Annual report of the Punjab Veterinary College and of the Civil Veterinary Department, Punjab - 1920-1925
Year: 1920
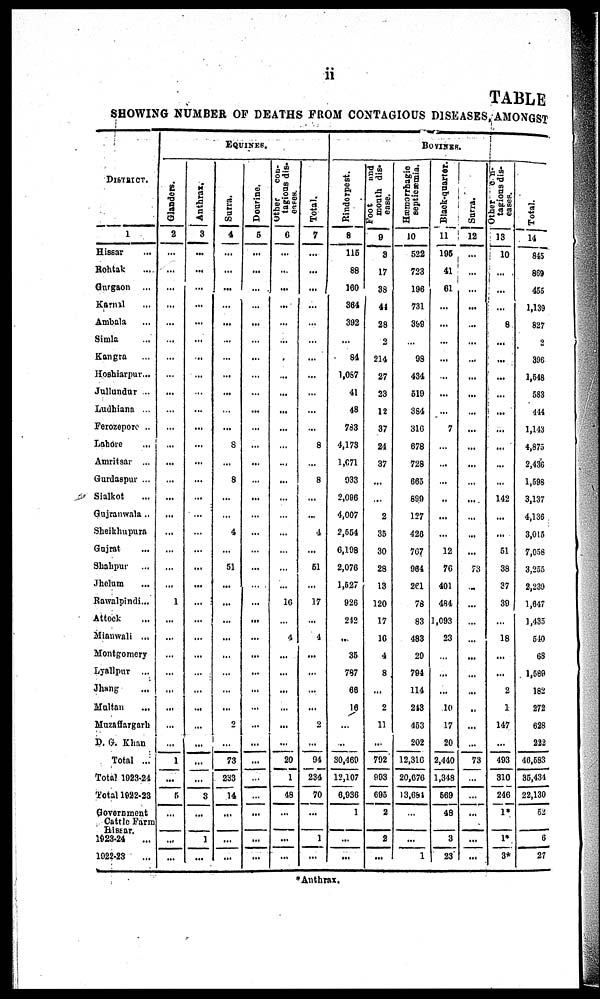
ii
TABLE
SHOWING NUMBER OF DEATHS PROM CONTAGIOUS DISEASES, AMONGST
DISTRICT.
1
Hissar ...
Rohtak ...
Gurgaon ...
Karnal ...
Ambala ...
Simla
Kangra ...
Hoshiarpur ...
Jullundur ...
Ludhiana ...
Ferozepore ..
Lahore ...
Amritsar ...
Gurdaspur ...
Sialkot ...
Gujranwala ..
Sheikhupura
Gujrat ...
Shahpur ...
Jhelum ...
Rawalpindi...
Attock ...
Mianwali ...
Montgomery
Lyallpur ...
Jhang ...
Multan ...
Muzaffargarh
D. G. Khan
Total ...
Total 1923-24
Total 1922-23
Government
Cattle Farm
Hissar.
1923-24 ...
1922-23
EQUINES.
Glanders.
2
...
...
...
...
...
...
...
...
...
...
...
...
...
...
...
...
...
...
...
...
1
...
...
...
...
...
...
...
...
1
...
5
...
...
...
Anthrax.
3
...
...
...
...
...
...
...
...
...
...
...
...
...
...
...
...
...
...
...
...
...
...
...
...
...
...
...
...
...
...
...
3
...
1
...
Surra.
4
...
...
...
...
...
...
...
...
...
...
...
8
...
8
...
...
4
...
51
...
...
...
...
...
...
...
...
2
...
73
233
14
...
...
...
Dourine.
5
...
...
...
...
...
...
...
...
...
...
...
...
...
...
...
...
...
...
...
...
...
...
...
...
...
...
...
...
...
...
...
...
...
...
...
Other
con-
tagions dis-
6
...
...
...
...
...
...
...
...
...
...
...
...
...
...
...
...
...
...
...
...
16
...
4
...
...
...
...
...
...
20
1
48
...
...
...
Total.
7
...
...
...
...
...
...
...
...
...
...
...
8
...
8
...
...
4
...
51
...
17
...
4
...
...
...
...
2
...
94
234
70
...
1
...
BOVINES.
Rinderpest.
8
115
88
160
364
392
...
84
1,087
41
48
783
4,173
1,671
933
2,096
4,007
2,554
6,198
2,076
1,627
926
242
...
35
797
66
16
...
...
30,469
12,107
6,936
1
...
...
Foot
and
mouth dis-
case.
9
3
17
38
41
28
2
214
27
23
12
37
24
37
...
...
2
35
30
28
13
120
17
16
4
8
...
2
11
...
792
993
695
2
2
...
Hæmorrhagic
septicæmia.
10
522
723
196
731
399
...
98
434
519
384
316
678
728
665
899
127
426
767
964
261
78
83
483
29
794
114
243
453
202
12,316
20,676
13,684
...
...
1
Black-quarter.
11
195
41
61
...
...
...
...
...
...
...
7
...
...
...
...
...
...
12
76
401
484
1,093
23
...
...
...
10
17
20
2,440
1,348
569
48
3
23
Surra.
12
...
...
...
...
...
...
...
...
...
...
...
...
...
...
...
...
...
...
73
...
...
...
...
...
...
...
..
...
...
73
...
...
...
...
...
Other con-
tagious dis-
ease.
13
10
...
...
...
8
...
...
...
...
...
...
...
...
...
142
...
...
51
38
37
39
...
18
...
...
2
1
147
...
493
310
246
1*
1*
3*
Total.
14
845
869
455
1,139
827
2
306
1,548
583
414
1,143
4,875
2,436
1,598
3,137
4,136
3,015
7,058
3,255
2,239
1,647
1,435
540
68
1,588
182
272
628
232
46,583
35,434
22,130
52
6
27
*Anthrax.